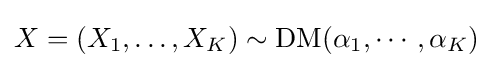
X=(X_{1},\ldots ,X_{K})\sim \operatorname {DM} (\alpha _{1},\cdots ,\alpha _{K})